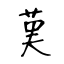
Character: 𦰩